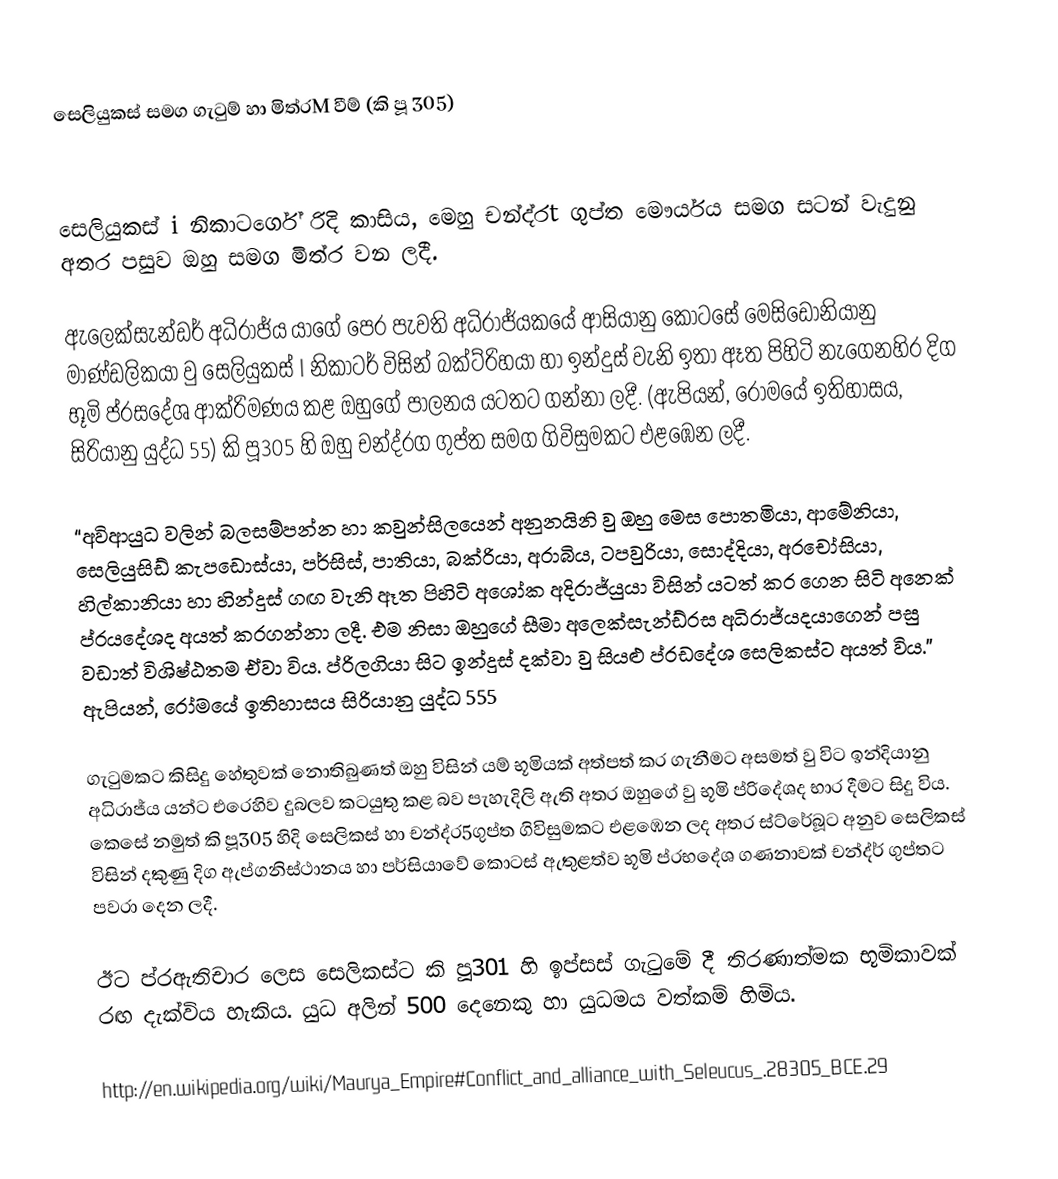
සෙලියුකස් සමග ගැටුම් හා මිත්රM වීම් (කි පූ 305)

සෙලියුකස් i නිකාටර්ගේ රිදි කාසිය, මෙහු චන්ද්රt ගුප්ත මෞර්යය සමග සටන් වැදුනු අතර පසුව ඔහු සමග මිත්ර  වන ලදී.

ඇලෙක්සැන්ඩර් අධිරාජ්ය යාගේ පෙර පැවති අධිරාජ්යකයේ ආසියානු කොටසේ මෙසිඩෝනියානු මාණ්ඩලිකයා වු සෙලියුකස් I නිකාටර් විසින් බක්ට්රිහයා හා ඉන්දුස් වැනි ඉතා ඈත පිහිටි නැගෙනහිර දිග භූමි ප්රසදේශ ආක්රිමණය කළ ඔහුගේ පාලනය යටතට ගන්නා ලදී. (ඇපියන්, රෝමයේ ඉතිහාසය, සිරියානු යුද්ධ 55) කි පූ305 හි ඔහු චන්ද්රග ගුප්ත සමග ගිවිසුමකට එළඹෙන ලදී.

“අවිආයුධ වලින් බලසම්පන්න හා කවුන්සිලයෙන් අනුනයිනි වු ඔහු මෙස පොතමියා, ආමේනියා, සෙලියුසිඩ් කැපඩොස්යා, පර්සිස්, පාතියා, බක්රියා, අරාබිය, ටපවුරියා, සොද්දියා, අරචෝසියා, හිල්කානියා හා හින්දුස් ගඟ වැනි ‍ඈත පිහිටි අශෝක අදිරාජ්යුයා විසින් යටත් කර ගෙන සිටි අනෙක් ප්රයදේශද අයත් කරගන්නා ලදී. එම නිසා ඔහුගේ සීමා අලෙක්සැන්ඩ්රස අධිරාජ්යදයාගෙන් පසු වඩාත් විශිෂ්ඨතම ඒවා විය. ප්රිලගියා සිට ඉන්දුස් දක්වා වු සියළු ප්රඩදේශ සෙලිකස්ට අයත් විය.” ඇපියන්, රෝමයේ ඉතිහාසය සිරියානු යුද්ධ 555

ගැටුමකට කිසිදු හේතුවක් නොතිබුණත් ඔහු විසින් යම් භූමියක් අත්පත් කර ගැනීම‍ට අසමත් වු විට ඉන්දියානු අධිරාජ්ය යන්ට එරෙහිව දුබලව කටයුතු කළ බව පැහැදිලි ඇති අතර ඔහුගේ වු භූමි ප්රිදේශද භාර දීමට සිදු විය. කෙසේ නමුත් කි පූ305  හිදි සෙලිකස් හා චන්ද්ර5ගුප්ත ගිවිසුමකට එළඹෙන ලද අතර ස්ට්රේබූට අනුව සෙලිකස් විසින් දකුණු දිග ඇප්ගනිස්ථානය හා පර්සියාවේ කොටස් ඇතුළත්ව භූමි ප්රභදේශ ගණනාවක් චන්ද්ර් ගුප්තට පවරා දෙන ලදී.

ඊට ප්රඇතිචාර ලෙස සෙලිකස්ට කි පූ301 හි ඉප්සස් ගැටුමේ දී තිරණාත්මක භූමිකාවක් රඟ දැක්විය හැකිය. යුධ අලින් 500 දෙනෙකු හා යුධමය වත්කම් හිමිය.

http://en.wikipedia.org/wiki/Maurya_Empire#Conflict_and_alliance_with_Seleucus_.28305_BCE.29